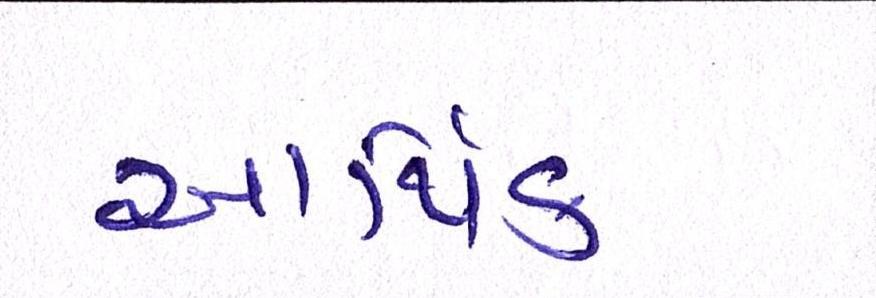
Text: આર્થિક